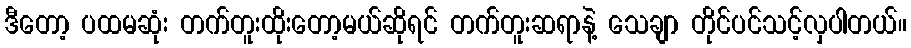
ဒီတော့ ပထမဆုံး တက်တူးထိုးတော့မယ်ဆိုရင် တက်တူးဆရာနဲ့ သေချာ တိုင်ပင်သင့်လှပါတယ်။